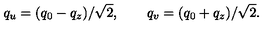
q _ { u } = ( q _ { 0 } - q _ { z } ) / \sqrt { 2 } , \qquad q _ { v } = ( q _ { 0 } + q _ { z } ) / \sqrt { 2 } .